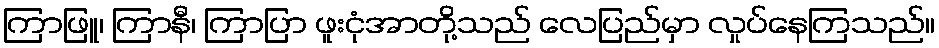
ကြာဖြူ၊ ကြာနီ၊ ကြာပြာ ဖူးငုံအာတို့သည် လေပြည်မှာ လှုပ်နေကြသည်။